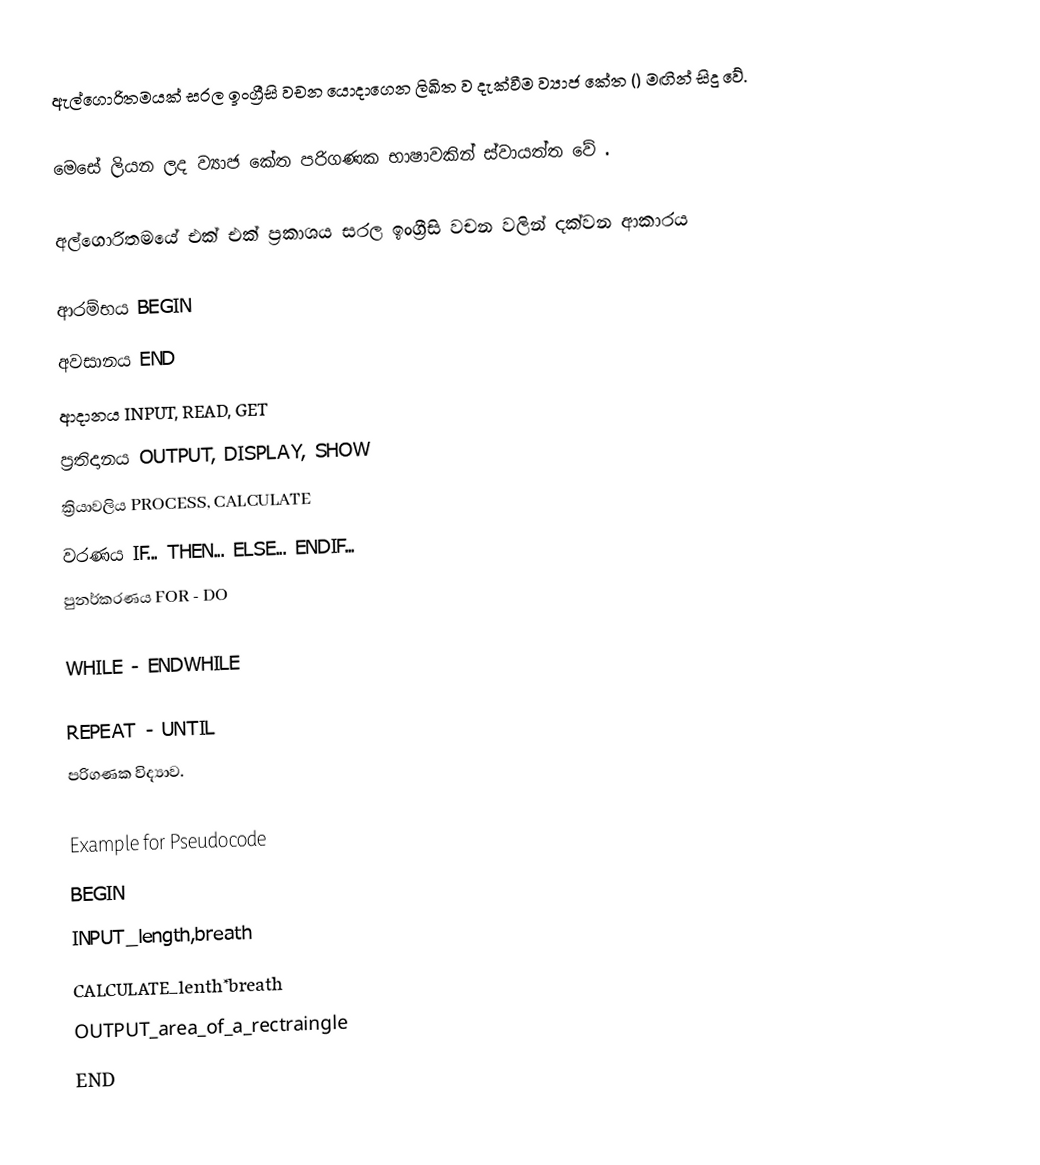
ඇල්ගොරිතමයක් සරල ඉංග්‍රීසි වචන යොදාගෙන ලිඛිත ව දැක්වීම ව්‍යාජ කේත () මඟින් සිදු වේ.

 මෙසේ ලියන ලද ව්‍යාජ කේත පරිගණක භාෂාවකින් ස්වායත්ත වේ .

අල්ගොරිතමයේ එක් එක් ප්‍රකාශය සරල ඉංග්‍රීසි වචන වලින් දක්වන ආකාරය

 ආරම්භය               BEGIN
 අවසානය              END
 ආදානය                INPUT, READ, GET
 ප්‍රතිදානය              OUTPUT, DISPLAY, SHOW
 ක්‍රියාවලිය             PROCESS, CALCULATE
 වරණය                IF... THEN... ELSE... ENDIF...
 පුනර්කරණය        FOR - DO

WHILE - ENDWHILE

REPEAT - UNTIL
පරිගණක විද්‍යාව.

    Example for Pseudocode
BEGIN
   INPUT_length,breath
   CALCULATE_lenth*breath
   OUTPUT_area_of_a_rectraingle
END